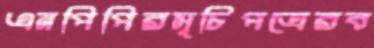
এনপিপিরসূচিপত্রেরব